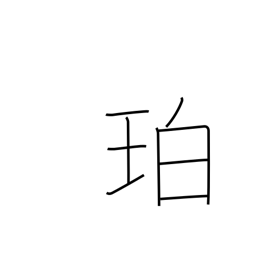
Meaning: amber